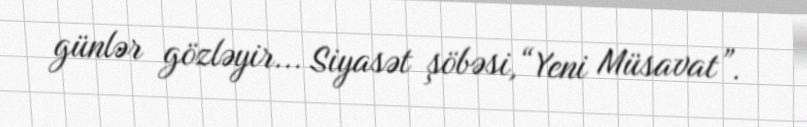
günlər gözləyir... Siyasət şöbəsi,“Yeni Müsavat”.